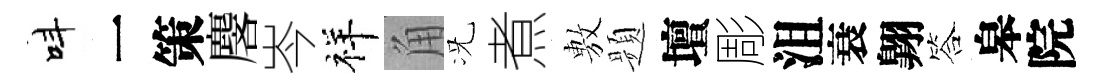
呌一策麐岑祥角况煮𢾾题壇彫沮衰翺答皋院